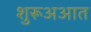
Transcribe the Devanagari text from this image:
शुरूअआत